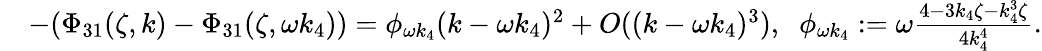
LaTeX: \begin{array}{rl}&{-(\Phi_{31}(\zeta,k)-\Phi_{31}(\zeta,\omega k_{4}))=\phi_{\omega k_{4}}(k-\omega k_{4})^{2}+O((k-\omega k_{4})^{3}),\; \; \phi_{\omega k_{4}}:=\omega\frac{4-3k_{4}\zeta-k_{4}^{3}\zeta}{4k_{4}^{4}}.}\end{array}